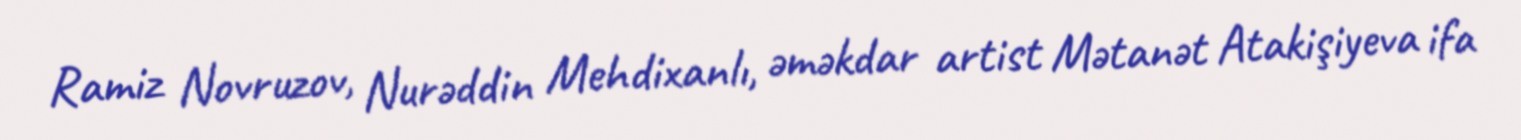
Ramiz Novruzov, Nurəddin Mehdixanlı, əməkdar artist Mətanət Atakişiyeva ifa